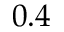
0 . 4